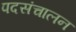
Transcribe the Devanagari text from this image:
पदसंचालन